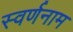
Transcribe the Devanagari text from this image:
स्वर्णनाम